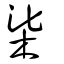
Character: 柒